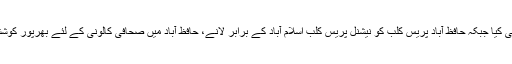
معاون خصوصی نے حافظ آباد پریس کلب کےلئے 10لاکھ گرانٹ کا اعلان بھی کیا جبکہ حافظ آباد پریس کلب کو نیشنل پریس کلب اسلام آباد کے برابر لانے، حافظ آباد میں صحافی کالونی کے لئے بھرپور کوششیں کرنے اور اس ضمن میں ڈپٹی کمشنرکو اراضی کی نشاندہی کی ہدایت کی۔